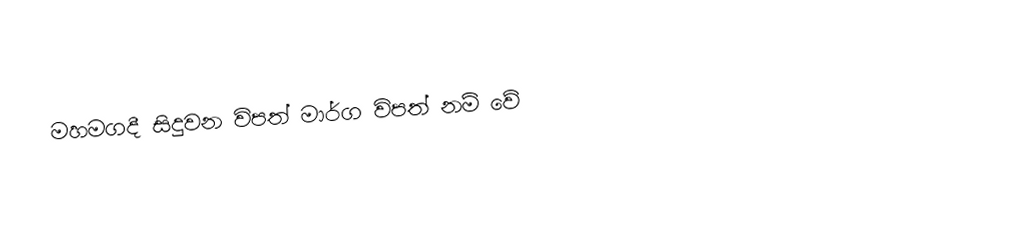
මහමගදී  සිදුවන විපත් මාර්ග විපත් නම් වේ